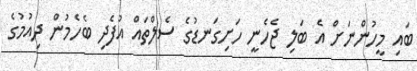
ބައި މީހުންނަށް އެ ބަލި ޖެހެނީ ހަށިގަނޑުގެ ސެލްތައް އުފެދި ބެހެމުން ދިއުމުގެ